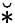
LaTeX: \breve{*}